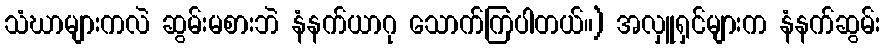
သံဃာများကလဲ ဆွမ်းမစားဘဲ နံနက်ယာဂု သောက်ကြပါတယ်။) အလှူရှင်များက နံနက်ဆွမ်း